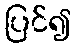
ပြင်၍